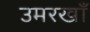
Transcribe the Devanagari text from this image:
उमरखाँ